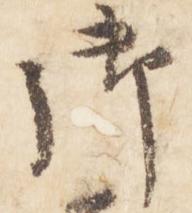
御